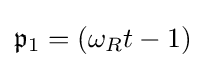
{\mathfrak {p}}_{1}=(\omega _{R}t-1)